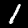
Digit: 1